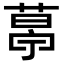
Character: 𦷣